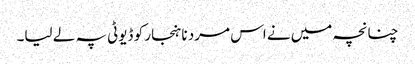
چنانچہ میں نے اس مرد نا ہنجار کو ڈیوٹی پہ لے لیا۔